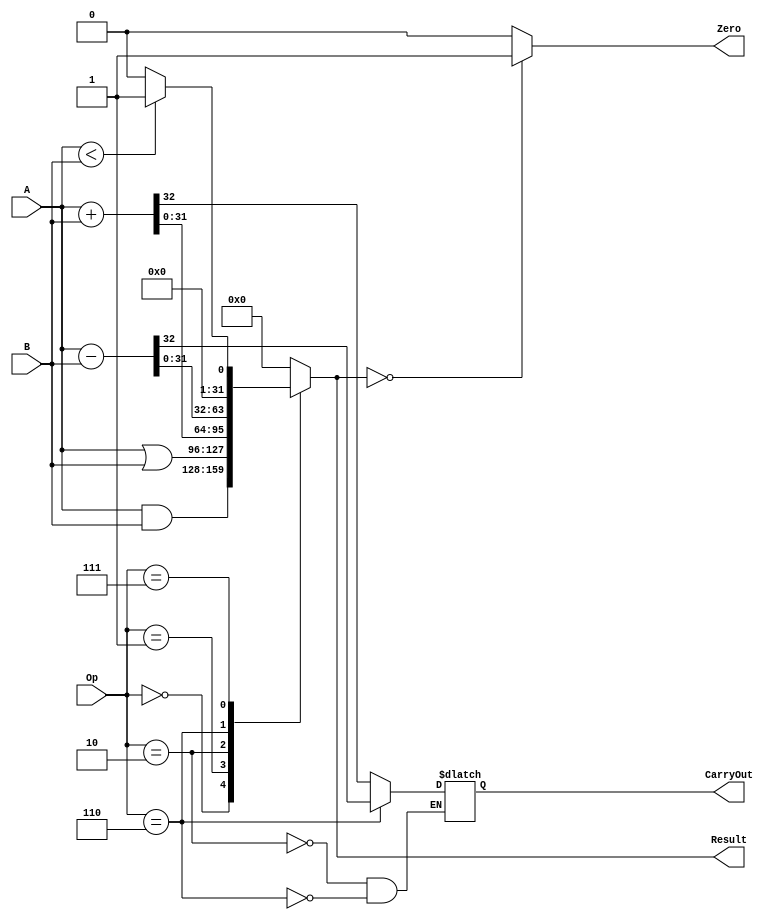
module  ALU32Bit(Zero, CarryOut, Result, A, B, Op);

  input [2:0] Op;
  input [31:0] A, B;
  output [31:0] Result;
  reg [31:0] Result;
  output CarryOut, Zero;
  reg CarryOut;
  assign Zero = (({Result} == 0)) ? 1 : 0;
  always @ (Op, A, B) begin
    case(Op)
      0:  Result <= A & B;
      1:  Result <= A | B;
      2:  {CarryOut, Result[31:0]} <= A + B;
      6:  {CarryOut, Result[31:0]} <= A - B;
      7:  Result <= A < B ? 1 : 0;
      default: Result <= 0;
    endcase
  end
  
endmodule

/*module tb_alu;

	reg Binvert, Carryin;
	reg [1:0] Operation;
	reg [31:0] a,b;
	wire [31:0] Result;
	wire CarryOut;

	ALU a1(a,b,Binvert,Carryin,Operation,Result,CarryOut);

	initial
		begin

			a=32'b11100101_10101101_10110101_10100100;
			b=32'b01111010_11011010_01011011_01011010;
			Binvert=1'b0;
			Carryin=1'b0;
			#0 Operation=2'b00; //must perform AND resulting in zero 
			#100 Operation=2'b01; //OR
			#100 Operation=2'b10; //ADD
			#100 Binvert=1'b1;//SUB
			#200 $finish;
		end

	initial
	begin
		$dumpfile("alu.vcd");
		$dumpvars;
	end

endmodule*/